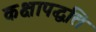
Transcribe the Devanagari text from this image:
कक्षापद्धति